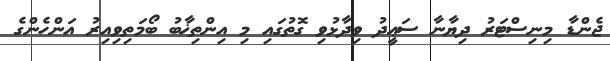
ޖެންޑާ މިނިސްޓަރު ދިޔާނާ ސަޢީދު ވިދާޅުވި ގޮތުގައި މި އިންތިޚާބު ބޯމަތިވިއިރު އަންހެންގެ